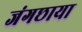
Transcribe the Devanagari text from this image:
जंगछाया